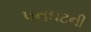
પનઘટની